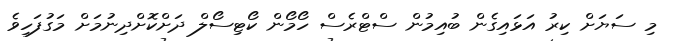
މި ސަޔަށް ކިރު އަޅައިގެން ބުއިމުން ސްޓްރެސް ހޯމޯން ކޯޓިސޯލް ދަށްކޮށްދިނުމަށް މަގުފަހިވެ